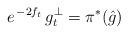
LaTeX: \begin{align*} e^{\,-2f_t}\,g^{\perp}_t = \pi^{*}(\hat{g})\end{align*}